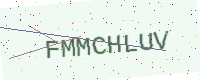
Text: FMMCHLUV